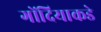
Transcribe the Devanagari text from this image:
गोंदियाकडे